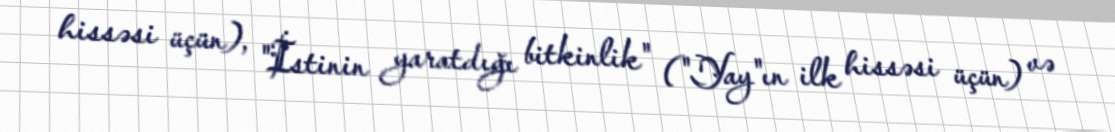
hissəsi üçün), "İstinin yaratdığı bitkinlik" ("Yay"ın ilk hissəsi üçün) və